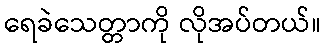
ရေခဲသေတ္တာကို လိုအပ်တယ်။